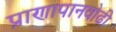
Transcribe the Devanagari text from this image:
प्राणापानवोढी